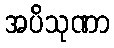
အပိသုဏာ